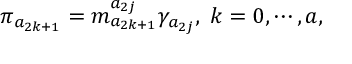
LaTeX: \pi _ { a _ { 2 k + 1 } } = m _ { a _ { 2 k + 1 } } ^ { a _ { 2 j } } \gamma _ { a _ { 2 j } } , \; k = 0 , \cdots , a ,